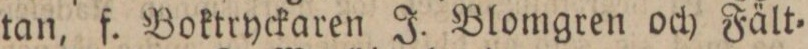
tan, f. Boktryckaren J. Blomgren och Fält=